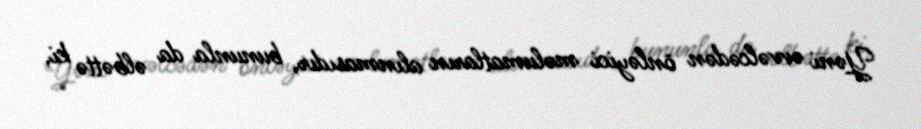
Yəni əvvəlcədən önləyici məlumatların alınmasıdır, bununla da əlbəttə ki,